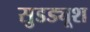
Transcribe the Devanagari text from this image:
सुडड्यूश